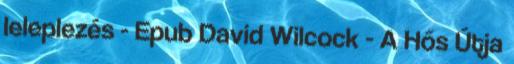
leleplezés - Epub David Wilcock - A Hős Útja